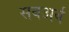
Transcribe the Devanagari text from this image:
सबअर्ब